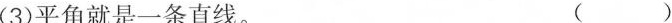
(3)平角就是一条直线。 ( )